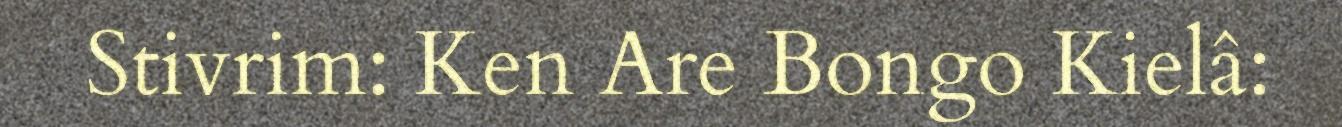
Stivrim: Ken Are Bongo Kielâ: